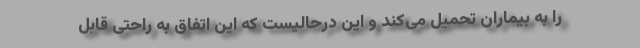
را به بیماران تحمیل می‌کند و این درحالیست که این اتفاق به راحتی قابل